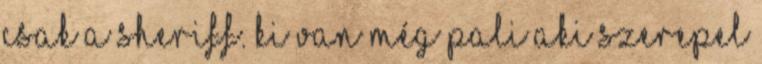
csak a Sheriff. Ki van még pali aki szerepel